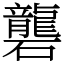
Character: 礱